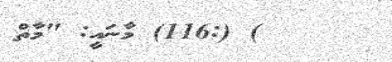
) (:116) މާނައީ: "މާތް